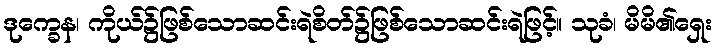
ဒုက္ခေန၊ ကိုယ်၌ဖြစ်သောဆင်းရဲစိတ်၌ဖြစ်သောဆင်းရဲဖြင့်။ သုခံ၊ မိမိ၏ရှေး